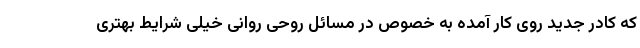
که کادر جدید روی کار آمده به خصوص در مسائل روحی روانی خیلی شرایط بهتری